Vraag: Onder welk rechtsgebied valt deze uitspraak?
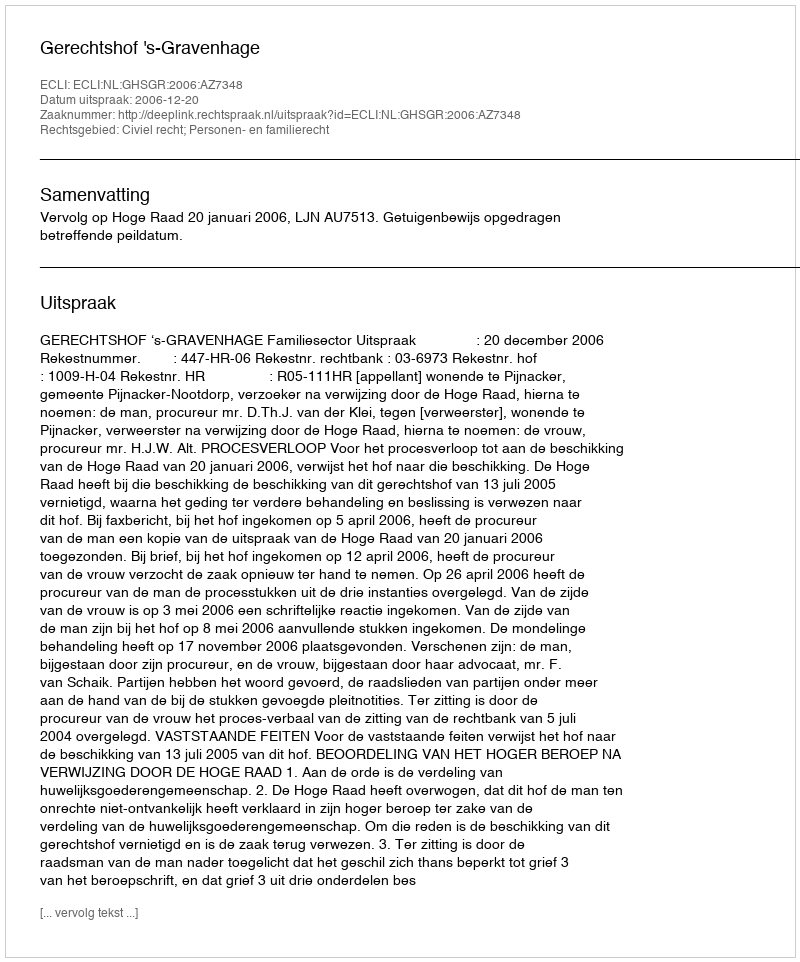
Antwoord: Civiel recht; Personen- en familierecht